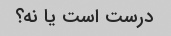
درست است یا نه؟